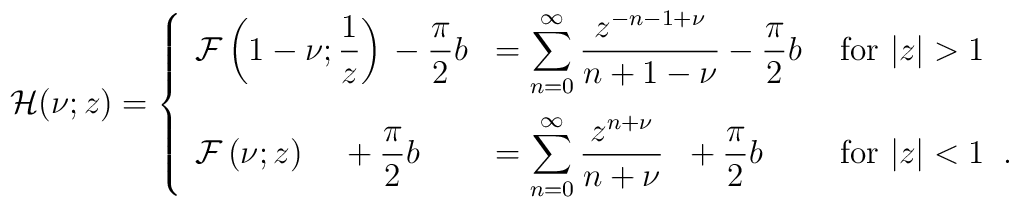
{\cal H}(\nu; z) =\left\{\begin{array}{lll}   \displaystyle{\cal F} \left(1-\nu ;\frac{1}{z}\right)     {}-\frac{\pi}{2} b    &=  \displaystyle{ \sum_{n=0}^{\infty}\frac{z^{-n-1+\nu }}{n+1-\nu} }     {}-\frac{\pi}{2} b  &     \mbox{ for $|z| > 1$}\\[3ex]  \displaystyle{\cal F} \left( \nu ; z \right)  \;\;\;\;+\frac{\pi}{2} b  &=   \displaystyle{ \sum_{n=0}^{\infty}\frac{z^{n+ \nu }}{n + \nu} } \;\;   +\frac{\pi}{2}b &     \mbox{ for $|z| <1$} \;\;.\end{array}\right.